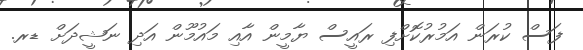
ފަސް ކުރަން އަމުރުކޮށްފި ރައީސް ޔާމީން އާއި މައުމޫން އަދި ނަޝީދަށް ޑރ.